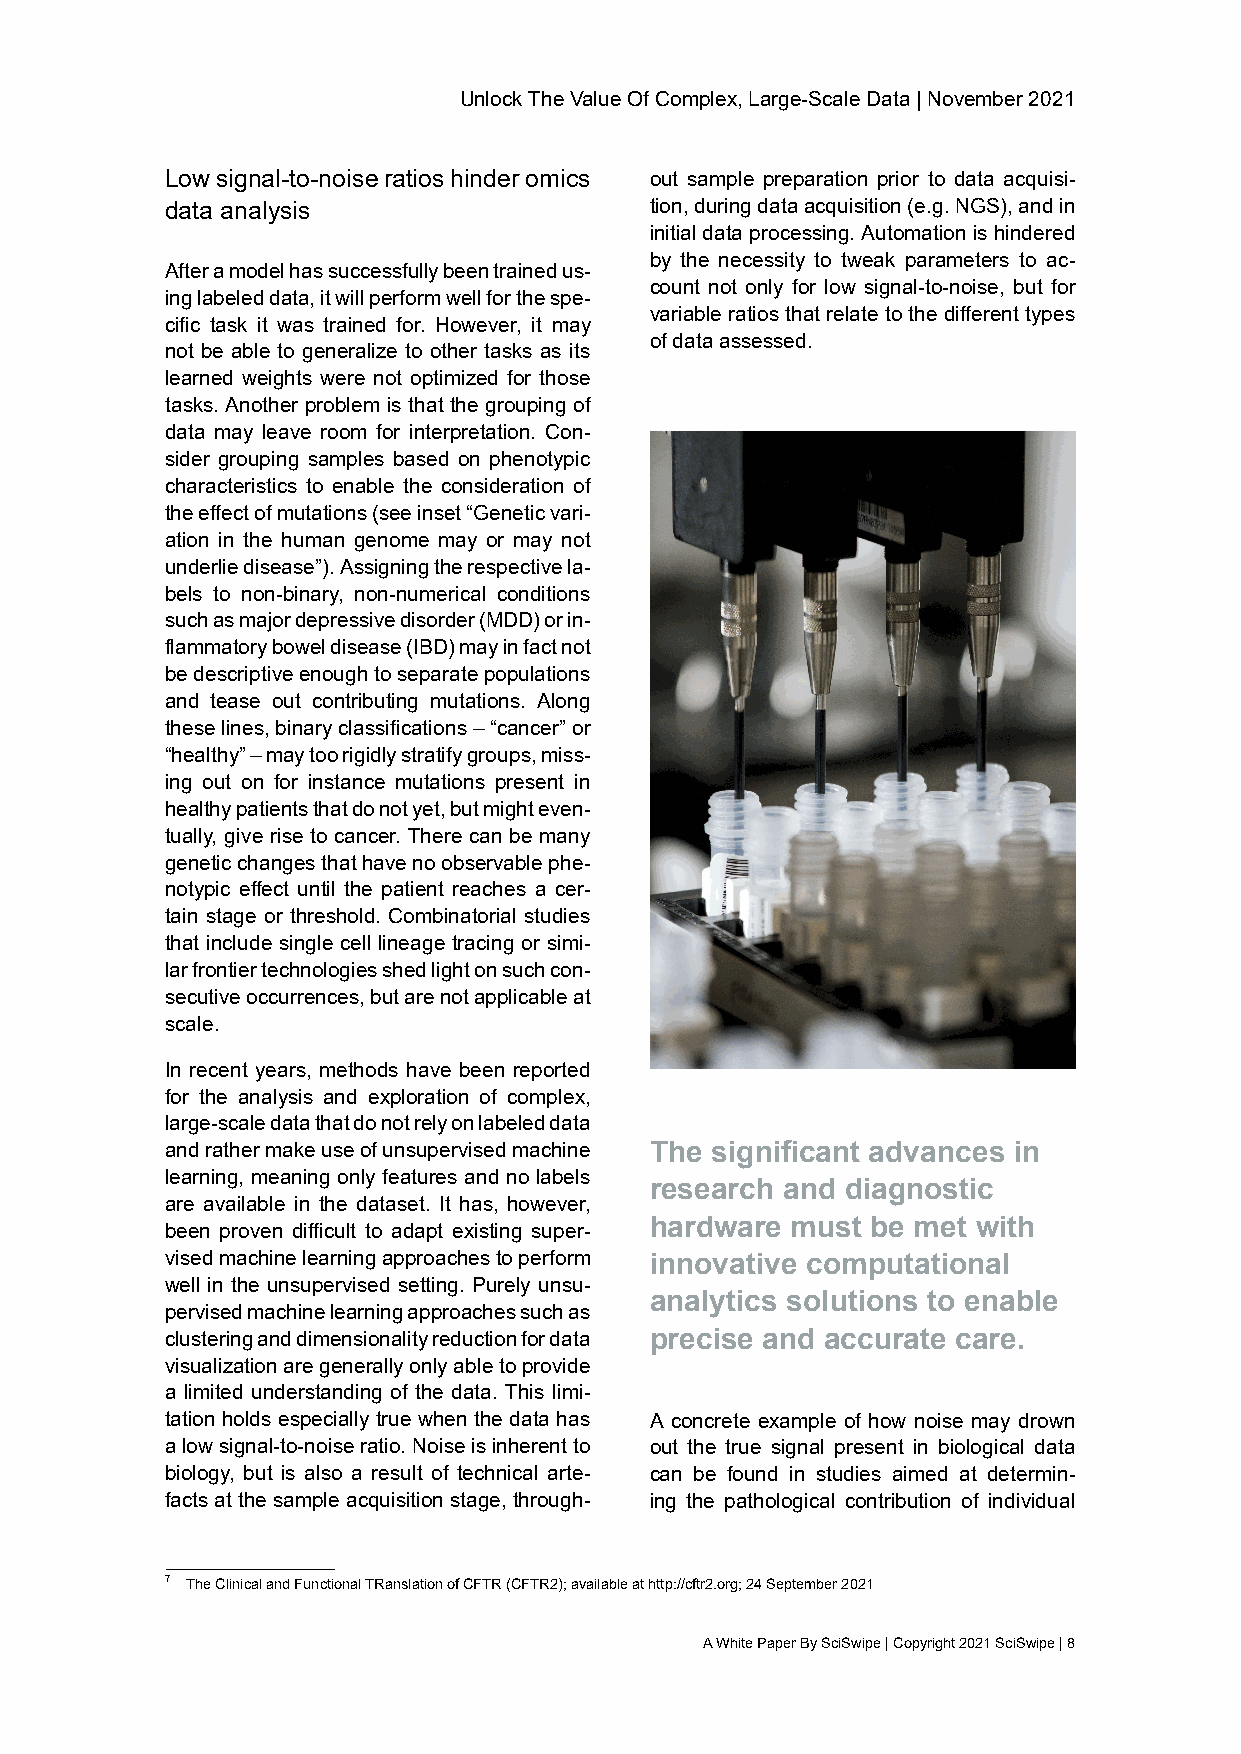
UnlockTheValueOfComplex,Large-ScaleData|November2021
 Lowsignal-to-noiseratioshinderomics out sample preparation prior to data acquisi-
 data analysis                   tion,duringdataacquisition(e.g.NGS),andin
 initialdataprocessing.Automationishindered
 by the necessity to tweak parameters to ac-
 Afteramodelhassuccessfullybeentrainedus-
 count not only for low signal-to-noise, but for
 inglabeleddata,itwillperformwellforthespe-
 variable ratios that relate to the different types
 cific task it was trained for. However, it may
 ofdataassessed.
 not be able to generalize to other tasks as its
 learned weights were not optimized for those
 tasks. Another problem is that the grouping of
 data may leave room for interpretation. Con-
 sider grouping samples based on phenotypic
 characteristics to enable the consideration of
 theeffectofmutations(seeinset“Geneticvari-
 ation in the human genome may or may not
 underliedisease”).Assigningtherespectivela-
 bels to non-binary, non-numerical conditions
 suchasmajordepressivedisorder(MDD)orin-
 flammatoryboweldisease(IBD)mayinfactnot
 bedescriptiveenoughtoseparatepopulations
 and tease out contributing mutations. Along
 theselines,binaryclassifications–“cancer”or
 “healthy”–maytoorigidlystratifygroups,miss-
 ing out on for instance mutations present in
 healthypatientsthatdonotyet,butmighteven-
 tually, give rise to cancer. There can be many
 geneticchangesthathavenoobservablephe-
 notypic effect until the patient reaches a cer-
 tain stage or threshold. Combinatorial studies
 that include single cell lineage tracing or simi-
 larfrontiertechnologiesshedlightonsuchcon-
 secutiveoccurrences,butarenotapplicableat
 scale.
 In recent years, methods have been reported
 for the analysis and exploration of complex,
 large-scaledatathatdonotrelyonlabeleddata
 andrathermakeuseofunsupervisedmachine The significant advances in
 learning, meaning only features and no labels
 research and diagnostic
 are available in the dataset. It has, however,
 hardware must  be met with
 been proven difficult to adapt existing super-
 visedmachinelearningapproachestoperform innovative computational
 well in the unsupervised setting. Purely unsu-
 analytics solutions to enable
 pervisedmachinelearningapproachessuchas
 clusteringanddimensionalityreductionfordata precise and accurate care.
 visualizationaregenerallyonlyabletoprovide
 a limited understanding of the data. This limi-
 tation holds especially true when the data has A concrete example of how noise may drown
 alowsignal-to-noiseratio.Noiseisinherentto out the true signal present in biological data
 biology, but is also a result of technical arte- can be found in studies aimed at determin-
 factsatthesampleacquisitionstage,through- ing the pathological contribution of individual
 7 TheClinicalandFunctionalTRanslationofCFTR(CFTR2);availableathttp://cftr2.org;24September2021
 AWhitePaperBySciSwipe|Copyright2021SciSwipe|8